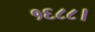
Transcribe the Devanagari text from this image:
१६८८।